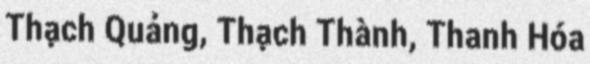
Thạch Quảng, Thạch Thành, Thanh Hóa